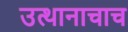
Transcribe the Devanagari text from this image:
उत्थानाचाच